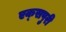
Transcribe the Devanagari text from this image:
एक्‍सपुरी